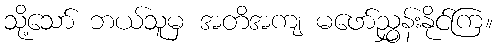
သို့သော် ဘယ်သူမှ အတိအကျ မဖော်ညွှန်းနိုင်ကြ။